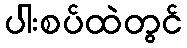
ပါးစပ်ထဲတွင်